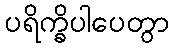
ပရိက္ခိပါပေတွာ